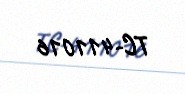
TC-411016